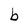
Character: l